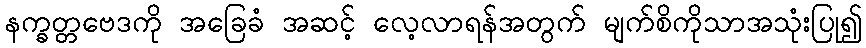
နက္ခတ္တဗေဒကို အခြေခံ အဆင့် လေ့လာရန်အတွက် မျက်စိကိုသာအသုံးပြု၍